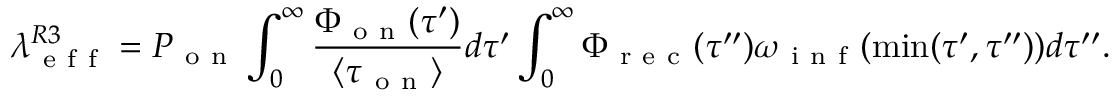
\lambda _ { \mathrm { ~ e ~ f ~ f ~ } } ^ { R 3 } = P _ { \mathrm { ~ o ~ n ~ } } \int _ { 0 } ^ { \infty } \frac { \Phi _ { \mathrm { ~ o ~ n ~ } } ( \tau ^ { \prime } ) } { \langle \tau _ { \mathrm { ~ o ~ n ~ } } \rangle } d \tau ^ { \prime } \int _ { 0 } ^ { \infty } \Phi _ { \mathrm { ~ r ~ e ~ c ~ } } ( \tau ^ { \prime \prime } ) \omega _ { \mathrm { ~ i ~ n ~ f ~ } } ( \operatorname* { m i n } ( \tau ^ { \prime } , \tau ^ { \prime \prime } ) ) d \tau ^ { \prime \prime } .